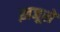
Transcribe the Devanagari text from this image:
ख़जूरों